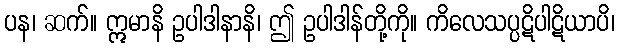
ပန၊ ဆက်။ ဣမာနိ ဥပါဒါနာနိ၊ ဤ ဥပါဒါန်တို့ကို။ ကိလေသပ္ပဋိပါဋိယာပိ၊